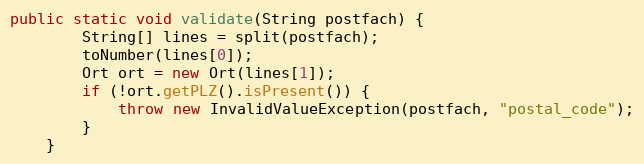
Language: Java
public static void validate(String postfach) {
        String[] lines = split(postfach);
        toNumber(lines[0]);
        Ort ort = new Ort(lines[1]);
        if (!ort.getPLZ().isPresent()) {
            throw new InvalidValueException(postfach, "postal_code");
        }
    }